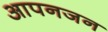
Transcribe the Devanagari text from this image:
आपनजन